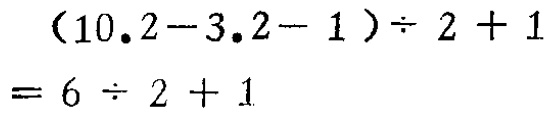
\((10.2 - 3.2 - 1)\div 2+1 = 6\div 2 + 1\)